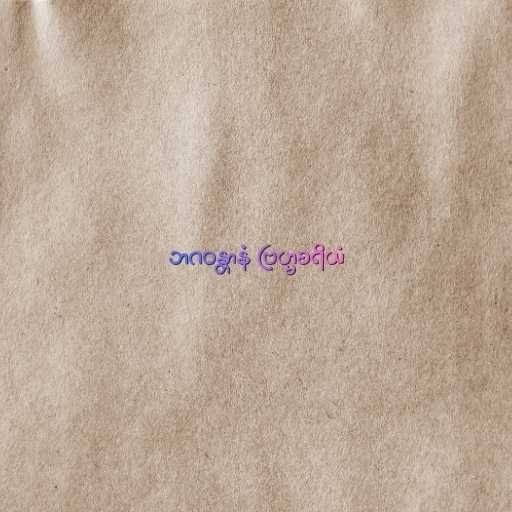
ဘဂဝန္တာနံ ဗြဟ္မစရိယံ